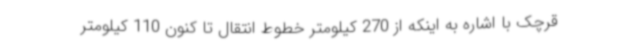
‌قرچک با اشاره به اینکه از 270 کیلومتر خطوط انتقال تا کنون 110 کیلومتر